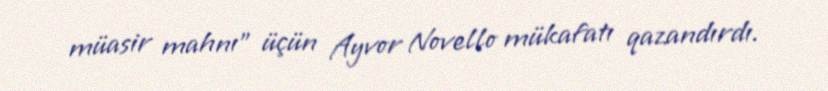
müasir mahnı" üçün Ayvor Novello mükafatı qazandırdı.